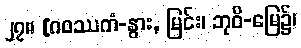
၂၇။ [ဂဝဿကံ-နွား, မြင်း၊ ဘုဝိ-မြေ၌၊